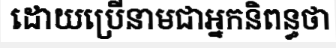
ដោយប្រើនាមជាអ្នកនិពន្ធថា